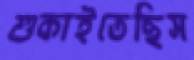
শুকাইতেছিস